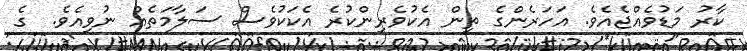
ކާރު މަޑުވެއްޖެއެވެ. އަހަރެންގެ ތިން އެކުވެރިންކުރެ އެކަކުވެސް ސަލާމަތެއް ނުވިއެވެ.  ގެ